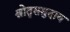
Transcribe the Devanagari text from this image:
श्रोतृसमुदाय